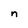
Character: n